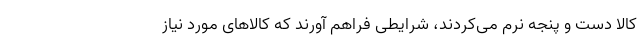
کالا دست و پنجه نرم می‌کردند، شرایطی فراهم آورند که کالاهای مورد نیاز